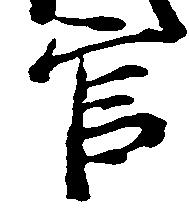
官